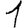
Digit: 1